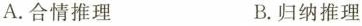
A.合情推理 B.归纳推理